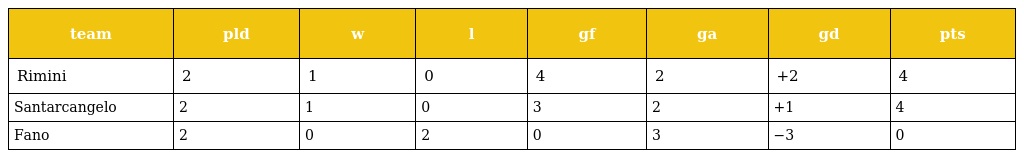
| team | pld | w | l | gf | ga | gd | pts |
 | --- | --- | --- | --- | --- | --- | --- | --- |
 | Rimini | 2 | 1 | 0 | 4 | 2 | +2 | 4 |
 | Santarcangelo | 2 | 1 | 0 | 3 | 2 | +1 | 4 |
 | Fano | 2 | 0 | 2 | 0 | 3 | −3 | 0 |